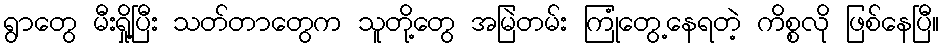
ရွာတွေ မီးရှို့ပြီး သတ်တာတွေက သူတို့တွေ အမြဲတမ်း ကြုံတွေ့နေရတဲ့ ကိစ္စလို ဖြစ်နေပြီ။